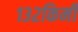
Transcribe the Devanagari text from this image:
१३२किमी